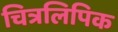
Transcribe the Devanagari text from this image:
चित्रलिपिक